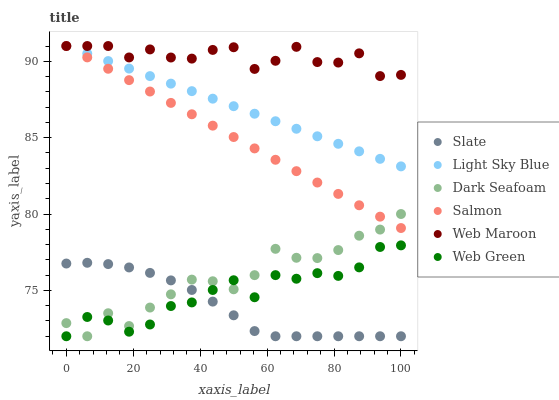
| xaxis_label | Slate | Light Sky Blue | Dark Seafoam | Salmon | Web Maroon | Web Green |
 | --- | --- | --- | --- | --- | --- | --- |
 | 0 | 76.8 | 91 | 72.9 | 91 | 91 | 72 |
 | 6.25 | 76.8 | 90.5 | 72 | 90.3 | 91 | 73.3 |
 | 12.5 | 76.7 | 90 | 73.5 | 89.5 | 91 | 73 |
 | 18.8 | 76.5 | 89.5 | 72.7 | 88.8 | 90.3 | 72.3 |
 | 25 | 76.1 | 89 | 73.9 | 88 | 90.8 | 72.8 |
 | 31.2 | 75.7 | 88.5 | 74.7 | 87.3 | 90.2 | 74 |
 | 37.5 | 75 | 88 | 75.7 | 86.5 | 90.2 | 74.2 |
 | 43.8 | 74.3 | 87.6 | 75.6 | 85.8 | 90.7 | 75 |
 | 50 | 73.4 | 87.1 | 75.1 | 85 | 90.9 | 75.7 |
 | 56.2 | 72.3 | 86.6 | 76 | 84.3 | 89.5 | 74.6 |
 | 62.5 | 72 | 86.1 | 77.7 | 83.6 | 90 | 76 |
 | 68.8 | 72 | 85.6 | 77.1 | 82.8 | 90.9 | 75.8 |
 | 75 | 72 | 85.1 | 77.1 | 82.1 | 89.9 | 76.1 |
 | 81.2 | 72 | 84.6 | 77.6 | 81.3 | 89.9 | 76 |
 | 87.5 | 72 | 84.1 | 78.6 | 80.6 | 90.5 | 76.5 |
 | 93.8 | 72 | 83.6 | 79 | 79.8 | 89 | 77.8 |
 | 100 | 72 | 83.1 | 80 | 79.1 | 89.1 | 77.9 |